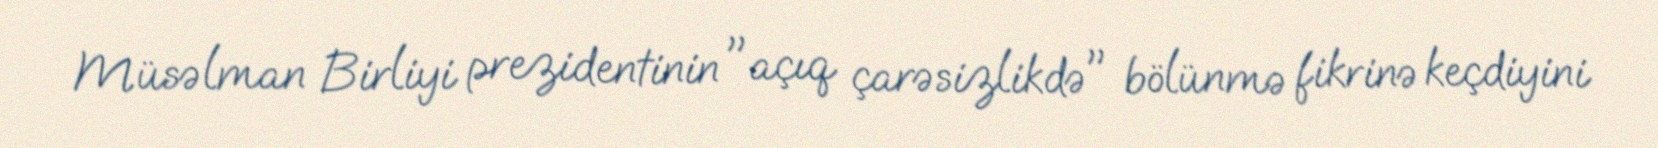
Müsəlman Birliyi prezidentinin "açıq çarəsizlikdə" bölünmə fikrinə keçdiyini